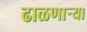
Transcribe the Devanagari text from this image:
ढाळणाऱ्या